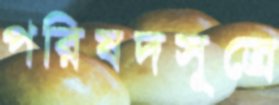
পরিষদসূত্রে